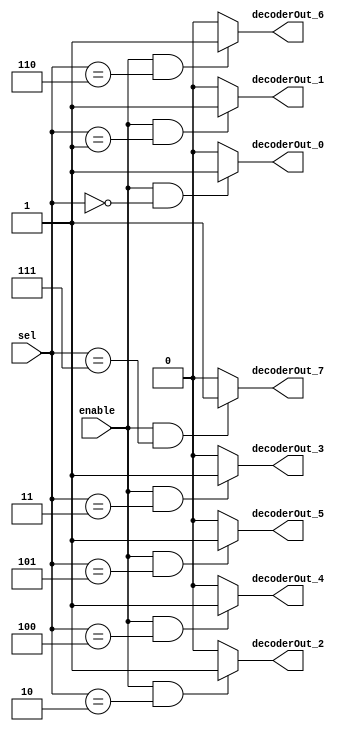
/******************************************************************************
 ** Logisim-evolution goes FPGA automatic generated Verilog code             **
 ** https://github.com/logisim-evolution/                                    **
 **                                                                          **
 ** Component : Decoder_8                                                    **
 **                                                                          **
 *****************************************************************************/

module Decoder_8( decoderOut_0,
                  decoderOut_1,
                  decoderOut_2,
                  decoderOut_3,
                  decoderOut_4,
                  decoderOut_5,
                  decoderOut_6,
                  decoderOut_7,
                  enable,
                  sel );

   /*******************************************************************************
   ** The inputs are defined here                                                **
   *******************************************************************************/
   input       enable;
   input [2:0] sel;

   /*******************************************************************************
   ** The outputs are defined here                                               **
   *******************************************************************************/
   output decoderOut_0;
   output decoderOut_1;
   output decoderOut_2;
   output decoderOut_3;
   output decoderOut_4;
   output decoderOut_5;
   output decoderOut_6;
   output decoderOut_7;

   /*******************************************************************************
   ** The module functionality is described here                                 **
   *******************************************************************************/
   assign decoderOut_0  = (enable&(sel == 3'b000)) ? 1'b1 : 1'b0;
   assign decoderOut_1  = (enable&(sel == 3'b001)) ? 1'b1 : 1'b0;
   assign decoderOut_2  = (enable&(sel == 3'b010)) ? 1'b1 : 1'b0;
   assign decoderOut_3  = (enable&(sel == 3'b011)) ? 1'b1 : 1'b0;
   assign decoderOut_4  = (enable&(sel == 3'b100)) ? 1'b1 : 1'b0;
   assign decoderOut_5  = (enable&(sel == 3'b101)) ? 1'b1 : 1'b0;
   assign decoderOut_6  = (enable&(sel == 3'b110)) ? 1'b1 : 1'b0;
   assign decoderOut_7  = (enable&(sel == 3'b111)) ? 1'b1 : 1'b0;
endmodule